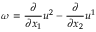
\omega = \frac { \partial } { \partial x _ { 1 } } u ^ { 2 } - \frac { \partial } { \partial x _ { 2 } } u ^ { 1 }